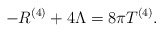
\begin{align*}-R^{(4)}+4\Lambda = 8\pi T^{(4)}. \end{align*}